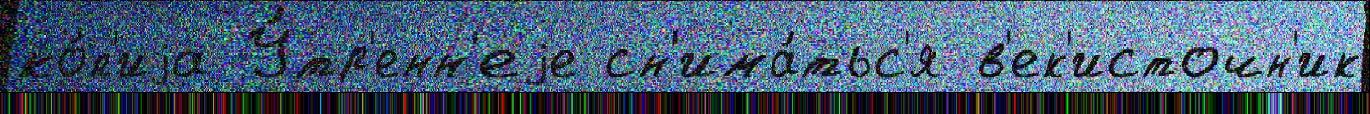
ко́п'иjа У́тр'енн'еjе сн'има́тьс'я в'ек'источн'ик